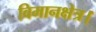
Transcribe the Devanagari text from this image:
विमानक्षेत्र।